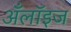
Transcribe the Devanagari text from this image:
अँलॉइज